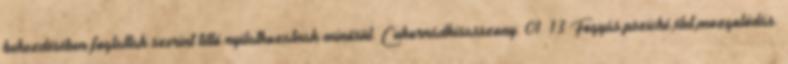
bekezdésében foglaltak szerint tiltó nyilatkozatnak minősül. Cukornádkisasszony: 01 13 Fogyás,psziché,élet,mozgolódás.